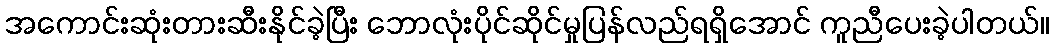
အကောင်းဆုံးတားဆီးနိုင်ခဲ့ပြီး ဘောလုံးပိုင်ဆိုင်မှုပြန်လည်ရရှိအောင် ကူညီပေးခဲ့ပါတယ်။